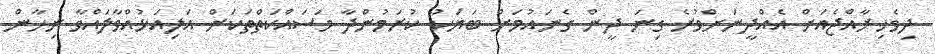
ދިވެހިރާއްޖެއަށް އެއްދީނަށްވުރެ ގިނަ ދީން ގެނައުމަށް ބަޔަކު ކުރަމުންދާ މަސައްކަތްތަކަށް އަލިއަޅުއްވާލައްވާ ނިހާން